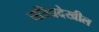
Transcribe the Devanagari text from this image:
चरित्रदेखील